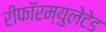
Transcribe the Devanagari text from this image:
रीफॉरम्युलेटेड